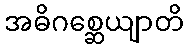
အဓိဂစ္ဆေယျာတိ